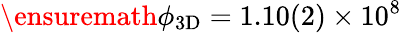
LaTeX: \ensuremath{\phi_{\mathrm{3D}}}=1.10(2)\times 10^{8}